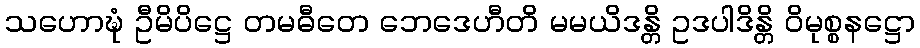
သဟောဍ္ဎံ ဦမိပိဋ္ဌေ တမဓီတေ ဘေဒေဟီတိ မမယိဒန္တိ ဥဒပါဒိန္တိ ဝိမုစ္စနဋ္ဌော